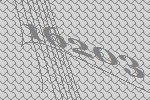
16203